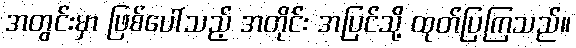
အတွင်းမှာ ဖြစ်ပေါ်သည့် အတိုင်း အပြင်သို့ ထုတ်ပြကြသည်။